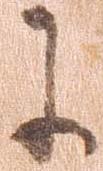
に